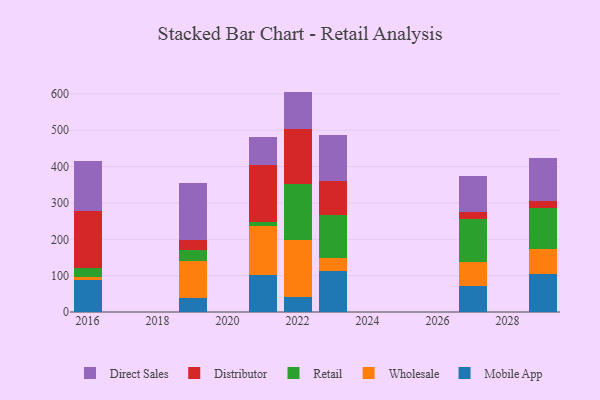
{"axis": {"x": "Year", "y": "Net Income (USD K)"}, "legend": ["Direct Sales", "Distributor", "Mobile App", "Retail", "Wholesale"], "data": [{"x": "2029", "y": 104.2, "type": "Mobile App"}, {"x": "2029", "y": 69.5, "type": "Wholesale"}, {"x": "2029", "y": 112.7, "type": "Retail"}, {"x": "2029", "y": 18.5, "type": "Distributor"}, {"x": "2029", "y": 119.0, "type": "Direct Sales"}, {"x": "2027", "y": 72.8, "type": "Mobile App"}, {"x": "2027", "y": 65.8, "type": "Wholesale"}, {"x": "2027", "y": 118.4, "type": "Retail"}, {"x": "2027", "y": 17.9, "type": "Distributor"}, {"x": "2027", "y": 98.2, "type": "Direct Sales"}, {"x": "2021", "y": 101.7, "type": "Mobile App"}, {"x": "2021", "y": 134.3, "type": "Wholesale"}, {"x": "2021", "y": 12.0, "type": "Retail"}, {"x": "2021", "y": 157.8, "type": "Distributor"}, {"x": "2021", "y": 77.0, "type": "Direct Sales"}, {"x": "2019", "y": 39.7, "type": "Mobile App"}, {"x": "2019", "y": 100.3, "type": "Wholesale"}, {"x": "2019", "y": 30.8, "type": "Retail"}, {"x": "2019", "y": 27.6, "type": "Distributor"}, {"x": "2019", "y": 156.7, "type": "Direct Sales"}, {"x": "2022", "y": 40.0, "type": "Mobile App"}, {"x": "2022", "y": 158.0, "type": "Wholesale"}, {"x": "2022", "y": 155.3, "type": "Retail"}, {"x": "2022", "y": 151.0, "type": "Distributor"}, {"x": "2022", "y": 102.1, "type": "Direct Sales"}, {"x": "2023", "y": 112.6, "type": "Mobile App"}, {"x": "2023", "y": 34.8, "type": "Wholesale"}, {"x": "2023", "y": 118.6, "type": "Retail"}, {"x": "2023", "y": 93.4, "type": "Distributor"}, {"x": "2023", "y": 128.1, "type": "Direct Sales"}, {"x": "2016", "y": 89.2, "type": "Mobile App"}, {"x": "2016", "y": 6.1, "type": "Wholesale"}, {"x": "2016", "y": 25.9, "type": "Retail"}, {"x": "2016", "y": 155.6, "type": "Distributor"}, {"x": "2016", "y": 137.9, "type": "Direct Sales"}]}